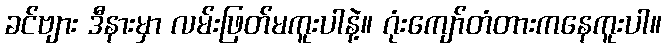
ခင်ဗျား ဒီနားမှာ လမ်းဖြတ်မကူးပါနဲ့။ ဂုံးကျော်တံတားကနေကူးပါ။